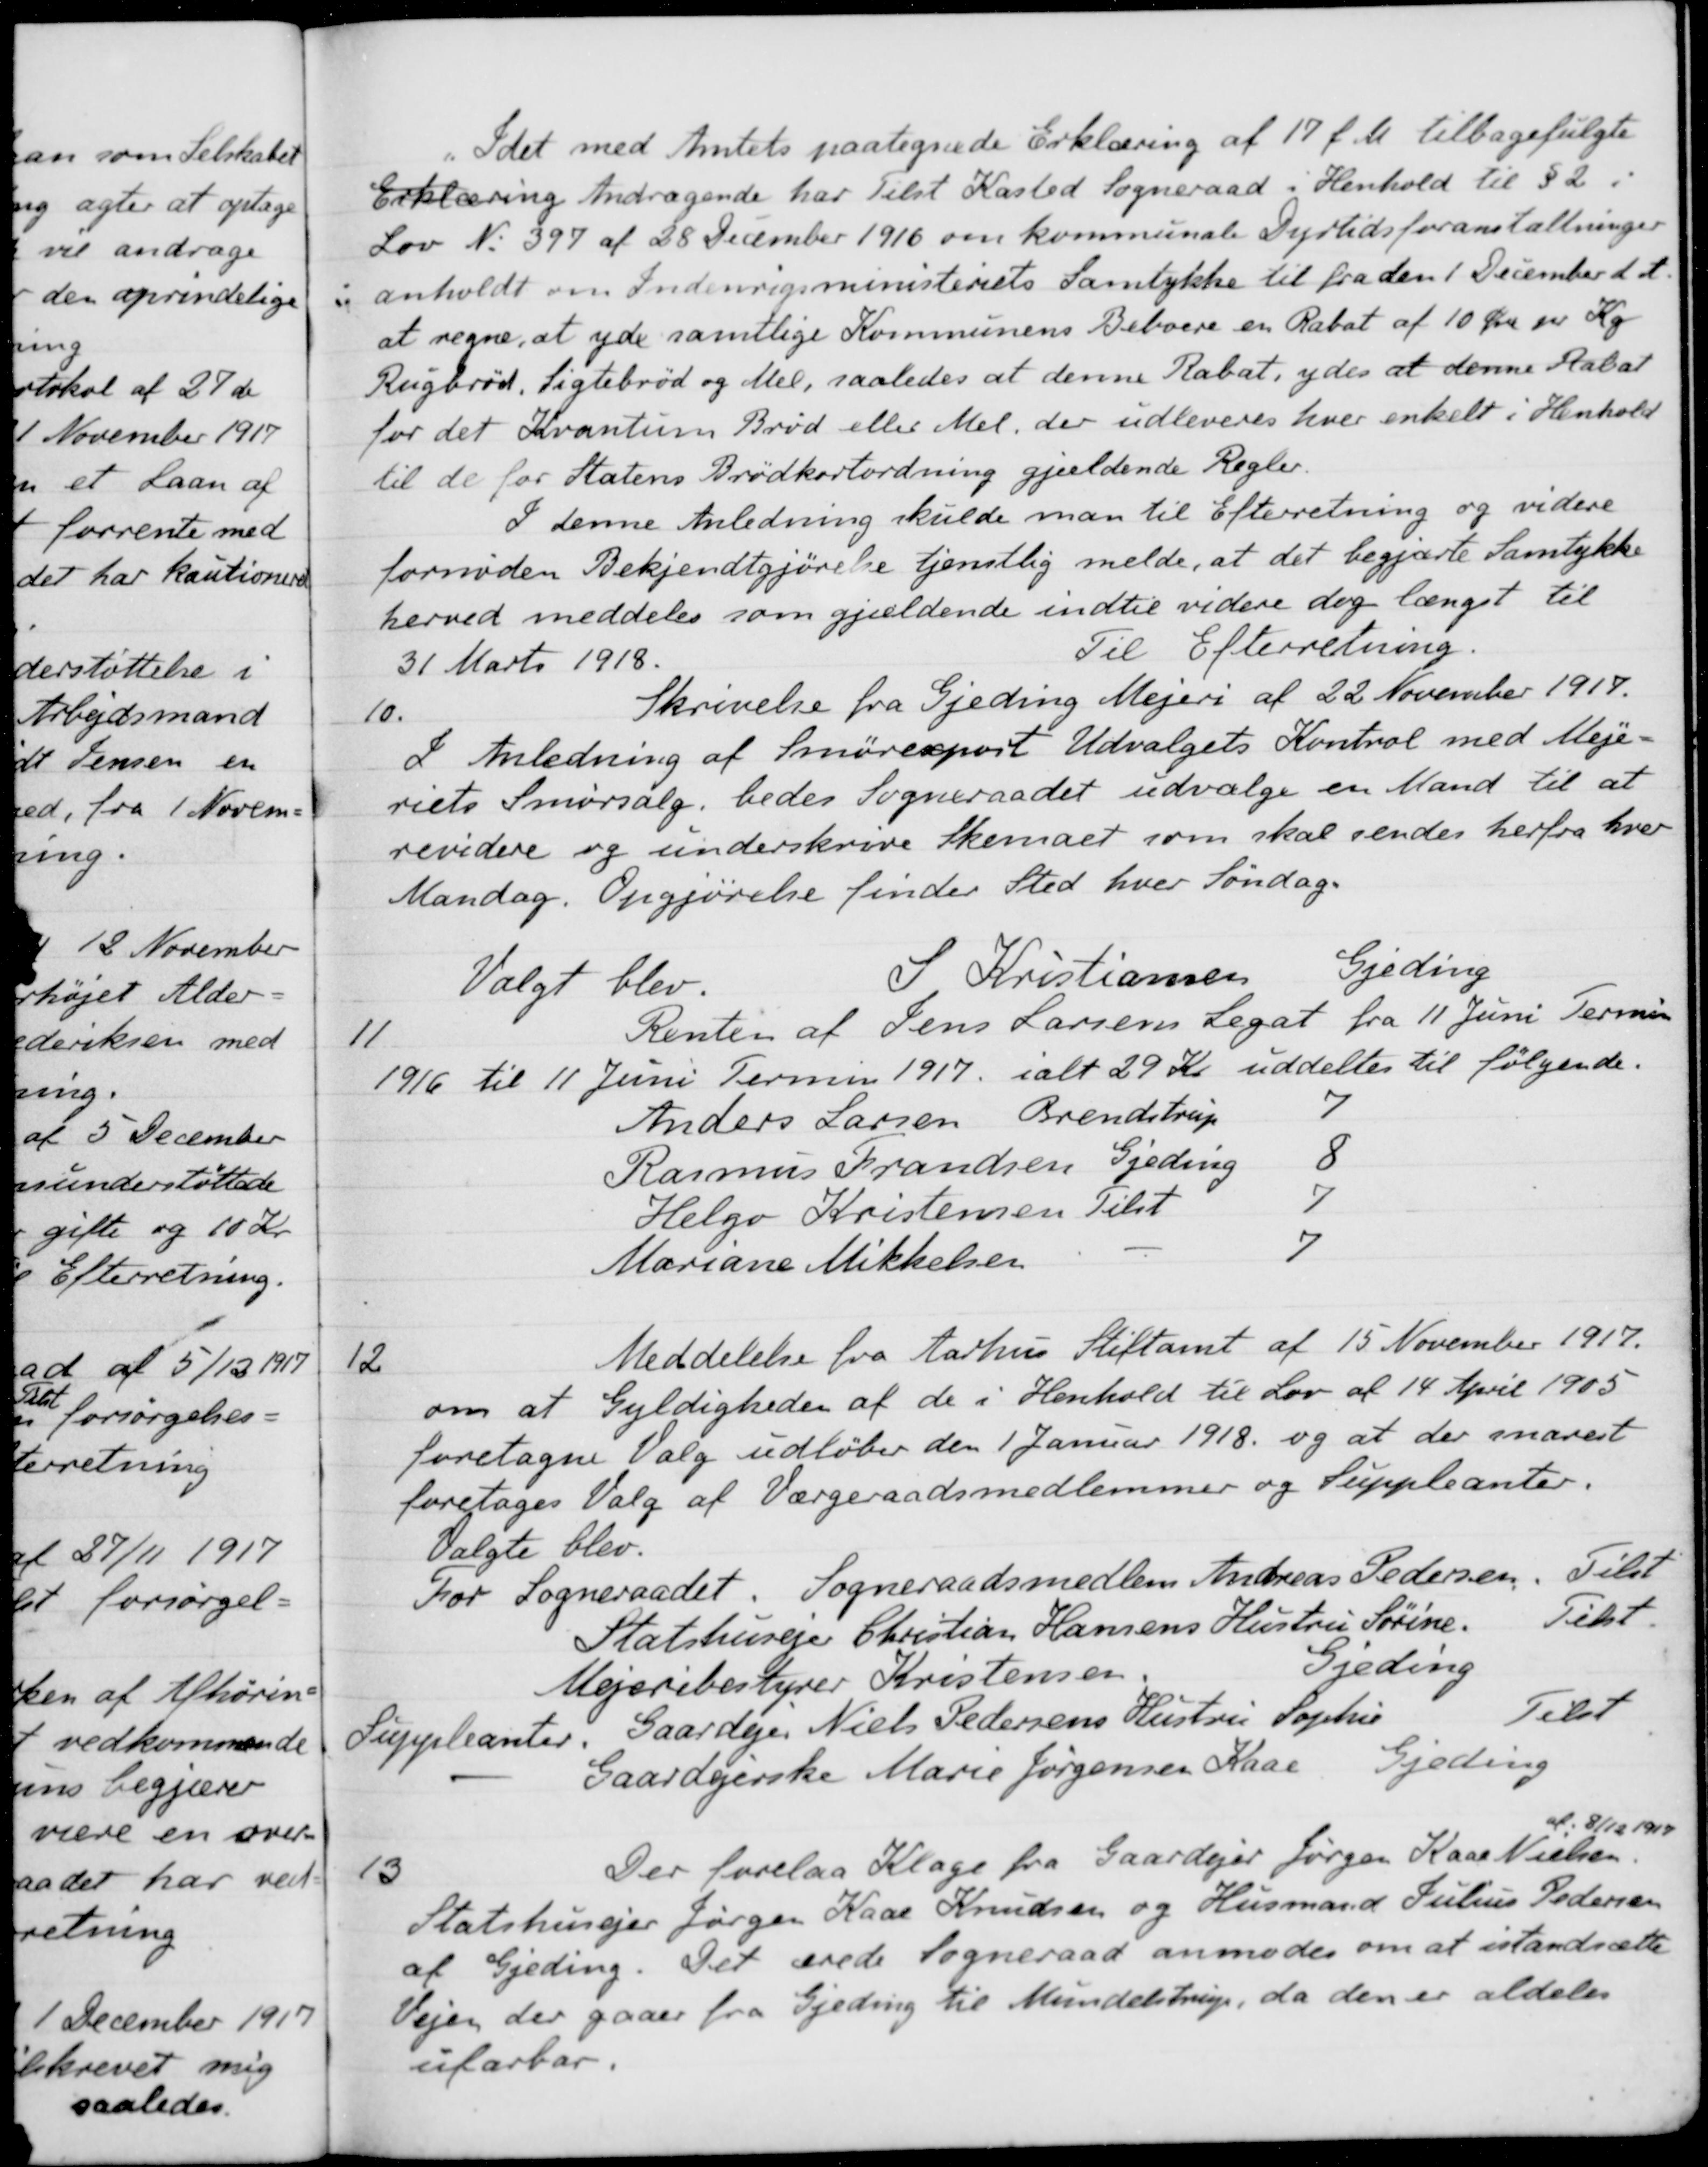
Transskription:
Idet med Amtets paategnede Erklæring af 17 f. M. tilbagefulgte
Erklæring Andragende har tilst Kasted Sogneraad i Henhold til §2 i
Lov No 397 af 28 December 1916 om kommunale Dyrtidsforanstaltninger
i anholdt om Indenrigsministeriets Samtykke til fra den 1 December d. A.
at regne, at yde samtlige Kommunens Beboere en Rabat af 10 Øre pr. Kg
Rugbrød, Sigtebrød og Mel, saaledes at denne Rabat, ydes at denne Rabat
for det Kvantum Brød eller Mel, der udleveres hver enkelt i Henhold
til de for Statens Brødkortordning gjældende Regler.
I denne Anledning skulde man til Efterretning og videre
fornøden Bekjendtgjørelse tjenstlig melde, at det begjærte Samtykke
herved meddeles som gjældende indtil videre dog længet til
Til Efterretning.
31 Marts 1918.
Skrivelse fra Gjeding Mejeri af 22 November 1917.
10.
I Anledning af Smøreksport Udvalgets Kontrol med Meje-
riets Smørsalg, bedes Sogneraadet udvælge en Mand til at
revidere og underskrive Skemaet som skal sendes herfra hver
Mandag. Opgjørelse finder Sted hver Søndag
Valgt blev.
S Kristiansen
Gjeding
Renten af Jens Larsens Legat fra 11 Juni Termin
11
1916 til 11 Juni Termin 1917, ialt 29 Kr uddeltes til følgende.
Anders Larsen Brendstrup
Brendstrup
7
Rasmus Frandsen
Gjeding
8
Helge Kristensen
tilst
7
Mariane Mikkelsen
7
Meddelelse fra Aarhus Stiftamt af 15 November 1917.
12
om at Gyldigheden af de i Henhold til Lov af 14 April 1905
foretagne Valg udløber den 1 Januar 1918 og at der snarest
foretages Valg af Værgeraadsmedlemmer og Suppleanter.
Valgte blev
For Sogneraadet. Sogneraadsmedlem Andreas Pedersen
Tilst
Statshusejer Christian Hansens Hustru Sørine
Tilst.
Mejeribestyrer Kristensen
Gjeding
Suppleanter. Gaardejer Niels Pedersens Hustru Sophie
Tilst
Gaardejerske Marie Jørgensen Kaar
Gjeding
13
Der forelaa Klage fra Gaardejer Jørgen Kaar Nielsen
af 8/12 1917
Statshusejer Jørgen Kaas Knudsen og Husmand Julius Pedersen
af Gjeding. Det ærede Sogneraad anmodes om at istandsætte
Vejen der gaaer fra Gjeding til Mundelstrup, da den er aldeles
ufarbar.